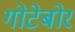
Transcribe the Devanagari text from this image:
गोटेबोर